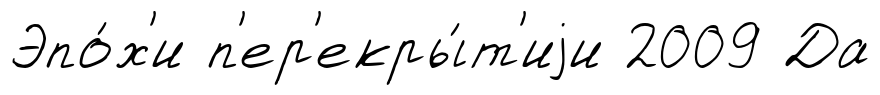
Эпо́х'и п'ер'екры́т'иjи 2009 Да